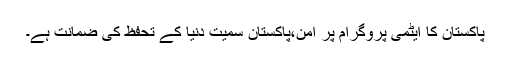
پاکستان کا ایٹمی پروگرام پر امن،پاکستان سمیت دنیا کے تحفظ کی ضمانت ہے۔